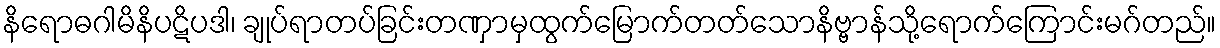
နိရောဓဂါမိနိပဋိပဒါ၊ ချုပ်ရာတပ်ခြင်းတဏှာမှထွက်မြောက်တတ်သောနိဗ္ဗာန်သို့ရောက်ကြောင်းမဂ်တည်။